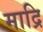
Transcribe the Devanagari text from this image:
माद्रि